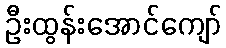
ဦးထွန်းအောင်ကျော်